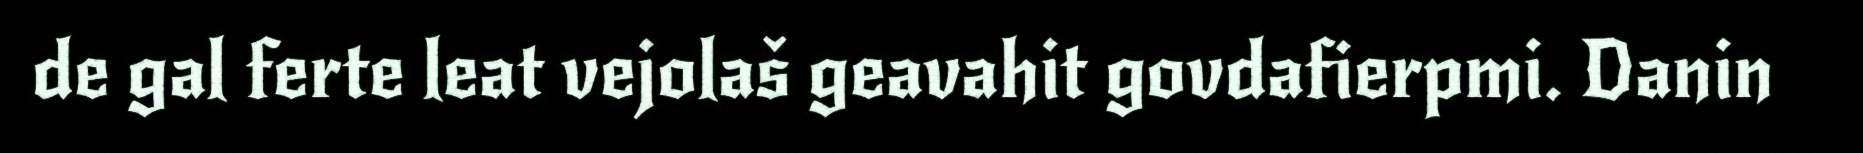
de gal ferte leat vejolaš geavahit govdafierpmi. Danin